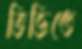
ভিত্তিতে